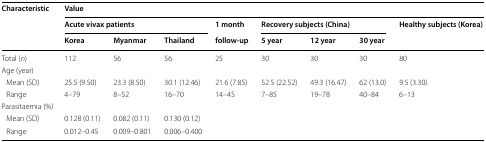
<table><thead><tr><td rowspan="3"><b>Characteristic</b></td><td colspan="8"><b>Value</b></td></tr><tr><td colspan="3"><b>Acute vivax patients</b></td><td><b>1 month</b></td><td colspan="3"><b>Recovery subjects (China)</b></td><td rowspan="2"><b>Healthy subjects (Korea)</b></td></tr><tr><td><b>Korea</b></td><td><b>Myanmar</b></td><td><b>Thailand</b></td><td><b>follow-up</b></td><td><b>5 year</b></td><td><b>12 year</b></td><td><b>30 year</b></td></tr></thead><tbody><tr><td>Total (<i>n</i>)</td><td>112</td><td>56</td><td>56</td><td>25</td><td>30</td><td>30</td><td>30</td><td>80</td></tr><tr><td colspan="9">Age (year)</td></tr><tr><td> Mean (SD)</td><td>25.5 (9.50)</td><td>23.3 (8.50)</td><td>30.1 (12.46)</td><td>21.6 (7.85)</td><td>52.5 (22.52)</td><td>49.3 (16.47)</td><td>62 (13.0)</td><td>9.5 (3.30)</td></tr><tr><td> Range</td><td>4–79</td><td>8–52</td><td>16–70</td><td>14–45</td><td>7–85</td><td>19–78</td><td>40–84</td><td>6–13</td></tr><tr><td colspan="9">Parasitaemia (%)</td></tr><tr><td> Mean (SD)</td><td>0.128 (0.11)</td><td>0.082 (0.11)</td><td>0.130 (0.12)</td><td></td><td></td><td></td><td></td><td></td></tr><tr><td> Range</td><td>0.012–0.45</td><td>0.009–0.801</td><td>0.006–0.400</td><td></td><td></td><td></td><td></td><td></td></tr></tbody></table>